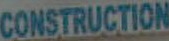
CONSTRUCTION